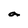
Character: a